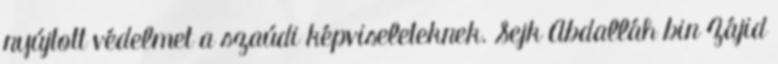
nyújtott védelmet a szaúdi képviseleteknek. Sejk Abdalláh bin Zájid